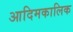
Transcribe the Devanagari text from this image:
आदिमकालिक